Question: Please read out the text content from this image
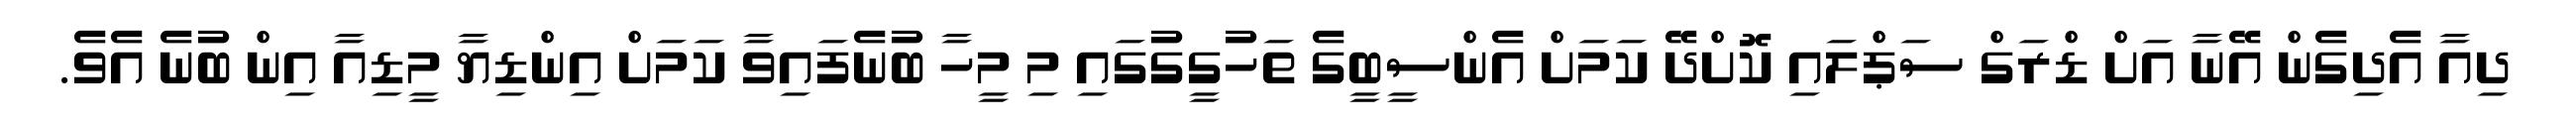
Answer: ދިއާ އެދިގެން އޭނާ އަށް ޑްރަގް ސަޕްލައި ކޮށްދޭ ކަމަށް އެންސީބީގެ ތަހުގީގުގައި މި މީހާ ބުނެފައިވާ ކަމަށް އިންޑިޔާ މީޑިއާ އިން ބުނެ އެވެ.